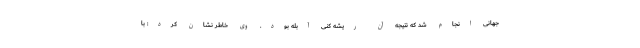
جهانی انجام شد که نتیجه آن ریشه کنی آبله بود. وی خاطر نشان کرد: با